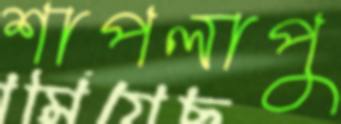
শাপলাপু